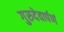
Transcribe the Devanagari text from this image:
गुरुदेवार्पणं